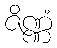
ဇိဏ္ဏံ